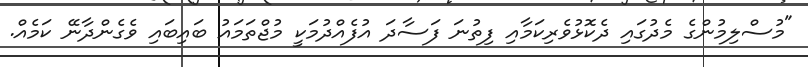
"މުސްލިމުންގެ މެދުގައި ދެކޮޅުވެރިކަމާއި ފިތުނަ ފަސާދަ އުފެއްދުމަކީ މުޖްތަމައު ބައިބައި ވެގެންދާނޭ ކަމެއް.